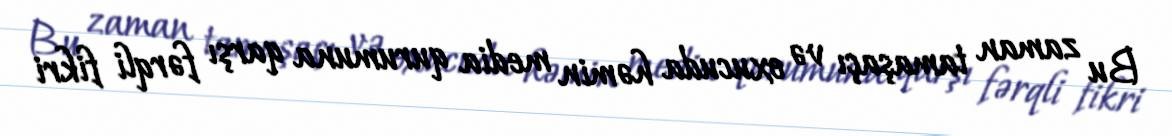
Bu zaman tamaşaçı və oxucuda həmin media qurumuna qarşı fərqli fikri